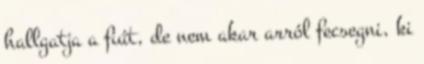
hallgatja a fiút, de nem akar arról fecsegni, ki